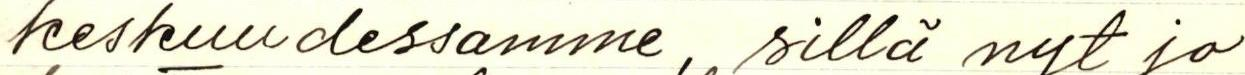
keskuudessamme, sillä nyt jo